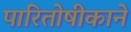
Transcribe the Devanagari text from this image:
पारितोषीकाने